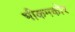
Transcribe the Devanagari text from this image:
भीकमकोर